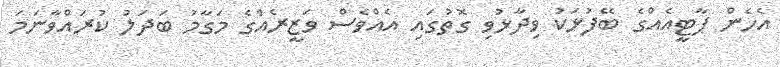
އެހެން ޕާޓީއެއްގެ ބޭފުޅަކު ވިދާޅުވި ގޮތުގައި އެއްވެސް ވަޒީރެއްގެ މަގާމު ބަދަލު ކުރައްވާނަމަ